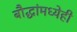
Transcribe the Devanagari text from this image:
बौद्धांमध्येही